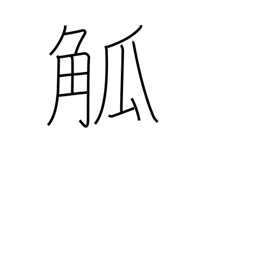
Meaning: cup